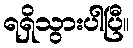
ရရှိသွားပါပြီ။